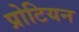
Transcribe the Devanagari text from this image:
प्रोटियन